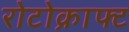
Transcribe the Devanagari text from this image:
रोटोक्राफ्ट